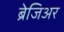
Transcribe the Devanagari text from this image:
ब्रेजिअर